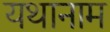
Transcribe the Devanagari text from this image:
यथानाम